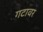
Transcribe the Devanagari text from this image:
गटावर